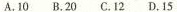
A.10B.20C.12D.15